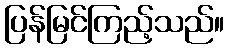
ပြန်မြင်ကြည့်သည်။